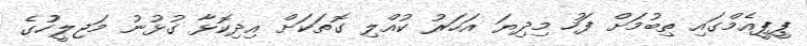
ޕީޕީއެމްގައި ތިބުމަށް ފަހު މިދިޔަ އަހަރު ކުއްލި ގޮތަކަށް އިދިކޮޅާ ގުޅުނު މަޖިލީހުުގެ